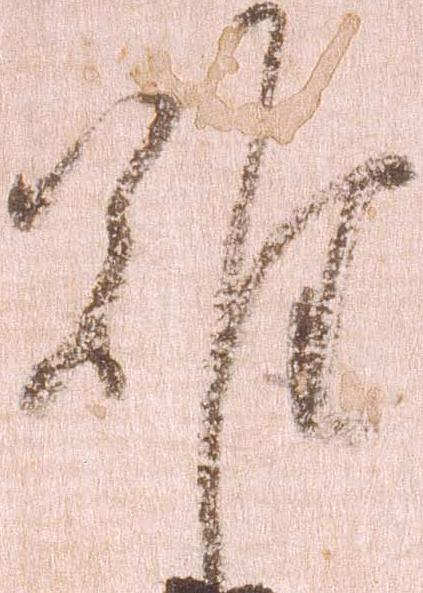
難